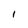
Character: I